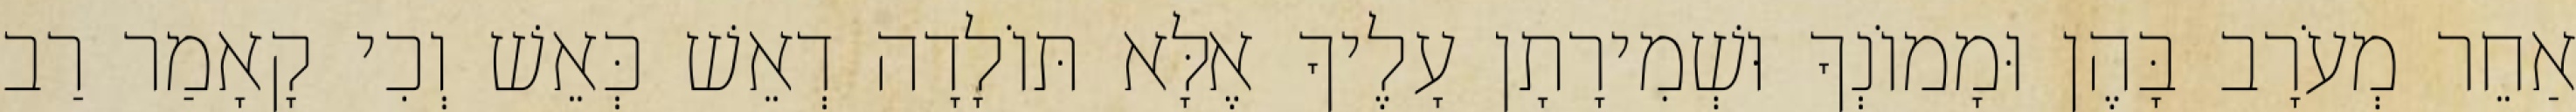
אַחֵר מְעֹרָב בָּהֶן וּמָמוֹנְךָ וּשְׁמִירָתָן עָלֶיךָ אֶלָּא תּוֹלָדָה דְאֵשׁ כְּאֵשׁ וְכִי קָאָמַר רַב